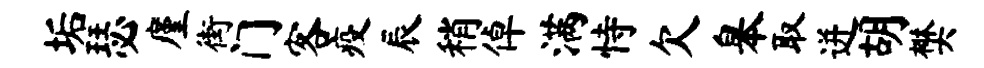
垢瑟廑街门客疫辰稍倬满恃欠皋取迸胡樊